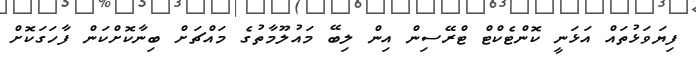
ފިޔަވަޅުތައް އަޅަނީ ކޮންޓެކްޓް ޓްރޭސިން އިން ލިބޭ މައުލޫމާތުގެ މައްޗަށް ބިނާކޮށްކަން ފާހަގަކޮށް